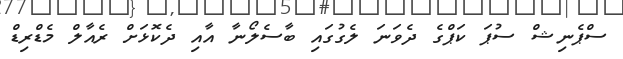
ސްޕެނިޝް ސުޕަ ކަޕްގެ ދެވަނަ ލެގުގައި ބާސެލޯނާ އާއި ދެކޮޅަށް ރެއާލް މެޑްރިޑް